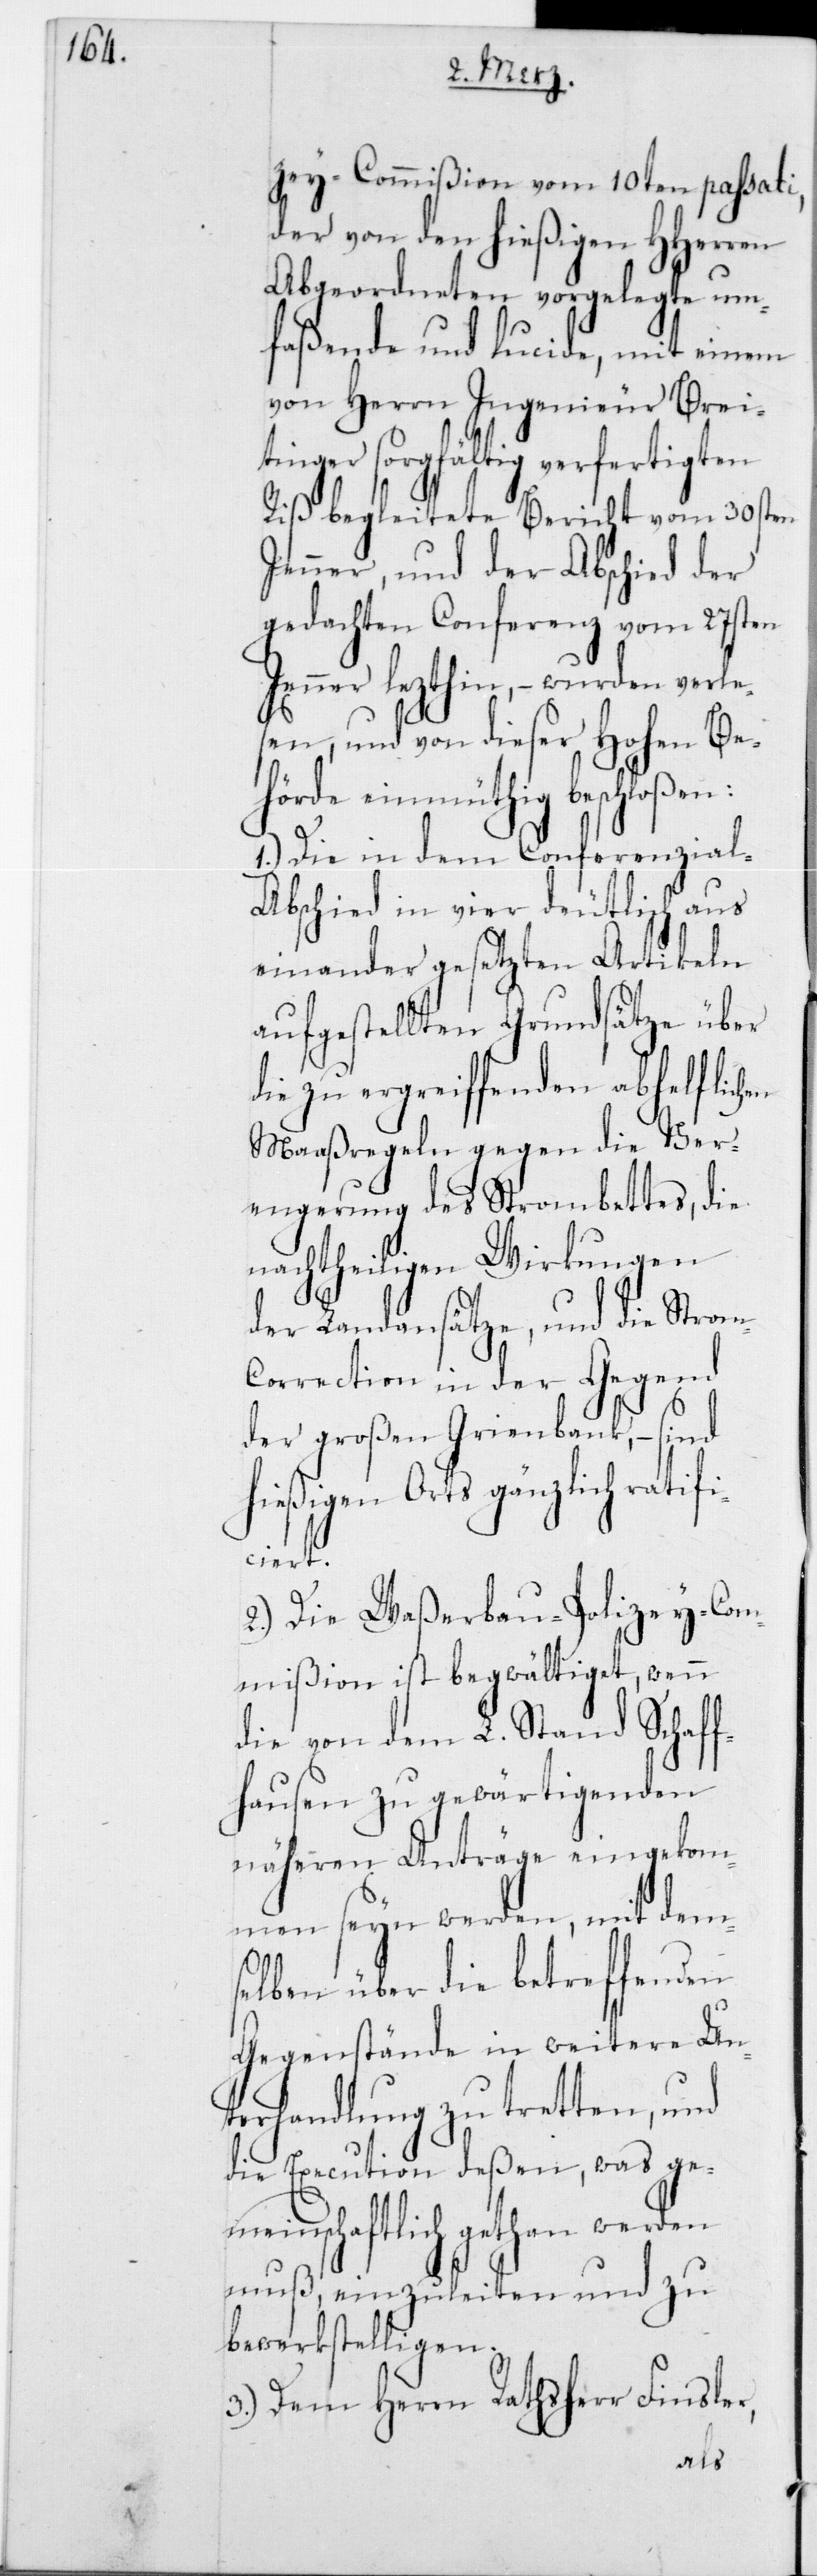
zey-Commißion vom 10ten passati,
der von den hießigen HHerren
Abgeordneten vorgelegte um¬
faßende und lucide, mit einem
von Herrn Ingenieur Brei¬
tinger sorgfältig verfertigten
Riß begleitete Bericht vom 30sten
Jenner, und der Abschied der
gedachten Conferenz vom 27sten
Jenner letzthin, – wurden verle¬
sen, und von dieser Hohen Be¬
hörde einmüthig beschloßen:
1.) Die in dem Conferenzial-A¬
bschied in vier deutlich aus
einander gesetzten Artikeln
aufgestellten Grundsätze über
die zu ergreiffenden abhelflich¬
Maaßregeln gegen die Ver¬
engerung des Strombettes, die
nachtheiligen Wirkungen
der Landansätze, und die Stro¬
orrection in der Gegend
der großen Grienbank, – sind
hießigen Orts gänzlich ratifi¬
ciert.
2.) Die Waßerbau-Polizey-Com¬
mißion ist begwältiget, wenn
die von dem L. Stand Schaf¬
fhausen zu gewärtigenden
näheren Anträge eingekom¬
men seyn werden, mit dem¬
selben über die betreffenden
Gegenstände in weitere Un¬
terhandlung zu tretten, und
die Execution deßen, was ge¬
meinschaftlich gethan werden
muß, einzuleiten und zu
bewerkstelligen.
3.) Dem Herrn Rathsherr Finsler,